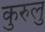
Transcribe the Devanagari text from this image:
कुरुलु